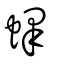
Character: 蠌